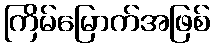
ကြိမ်မြောက်အဖြစ်